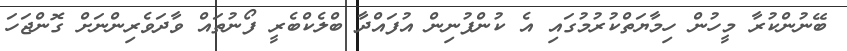
ބޭނުންކުރާ މީހުން ހިމާޔަތްކުރުމުގައި އެ ކުންފުނިން އުފައްދާ ބްލެކްބެރީ ފޯނުތައް ވާދަވެރިންނަށް ގޮންޖަހަ